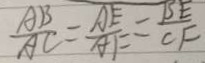
\frac { A B } { A C } = \frac { A E } { A F } = \frac { B E } { C F }